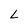
Character: L